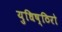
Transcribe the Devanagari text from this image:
युधिष्ठिरो